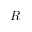
R